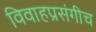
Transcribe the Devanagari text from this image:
विवाहप्रसंगीच